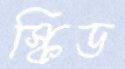
স্কিড